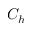
C _ { h }